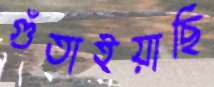
গুঁতাইয়াছি